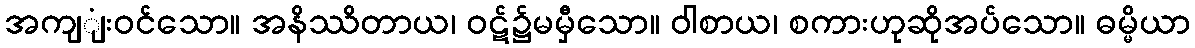
အကျျံးဝင်သော။ အနိဿိတာယ၊ ဝဋ်၌မမှီသော။ ဝါစာယ၊ စကားဟုဆိုအပ်သော။ ဓမ္မိယာ